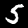
Digit: 5